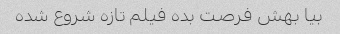
بیا بهش فرصت بده فیلم تازه شروع شده